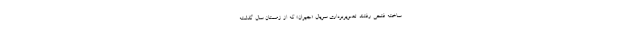
ساخته فتحی رفتند. تصویربرداری سریال «جیران» که از زمستان سال گذشته